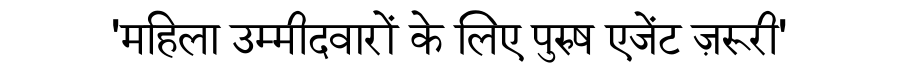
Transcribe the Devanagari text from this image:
'महिला उम्मीदवारों के लिए पुरुष एजेंट ज़रूरी'